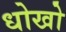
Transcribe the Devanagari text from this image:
धोखो